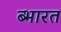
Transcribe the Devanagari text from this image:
ब्भारत